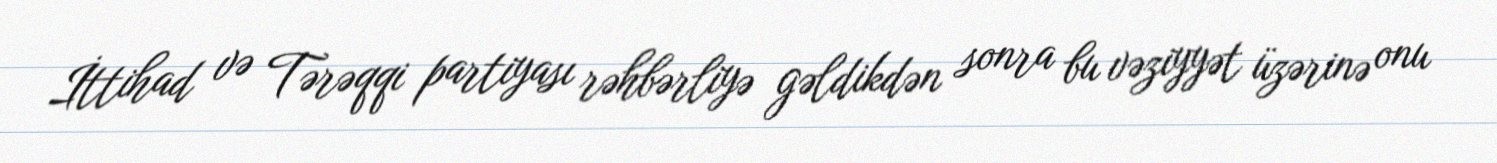
İttihad və Tərəqqi partiyası rəhbərliyə gəldikdən sonra bu vəziyyət üzərinə onu